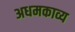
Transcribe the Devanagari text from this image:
अधमकाव्य